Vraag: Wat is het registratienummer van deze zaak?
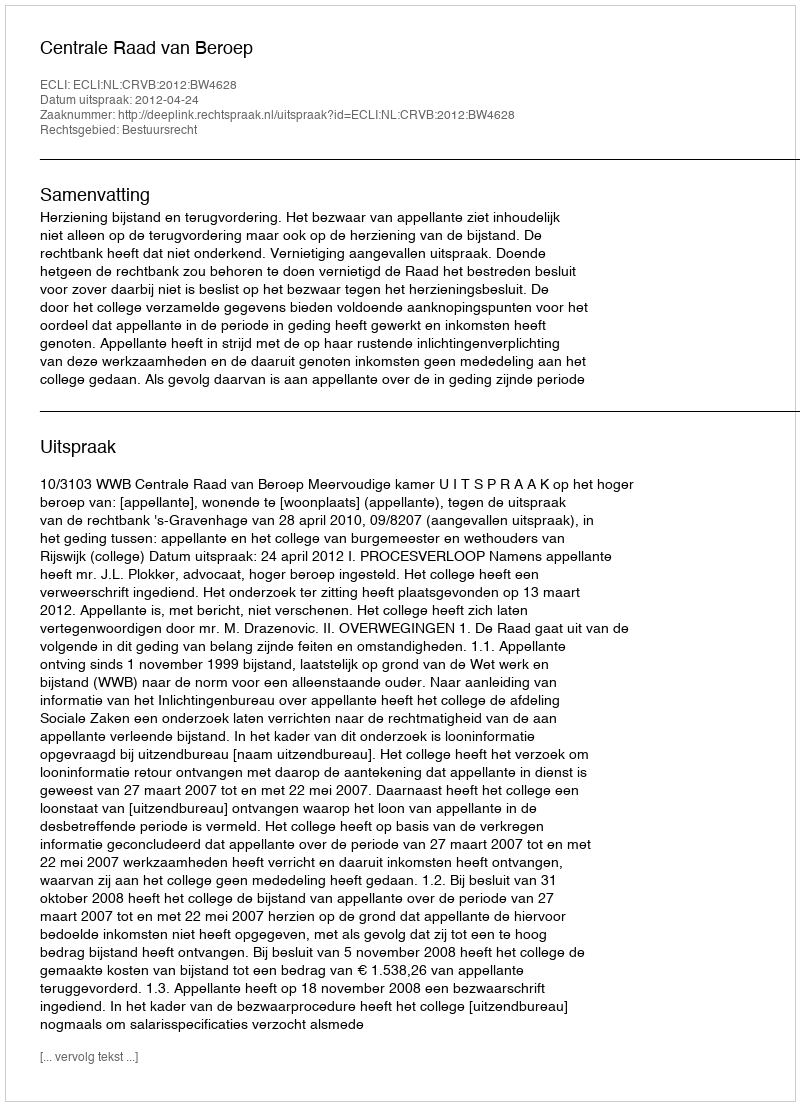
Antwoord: http://deeplink.rechtspraak.nl/uitspraak?id=ECLI:NL:CRVB:2012:BW4628